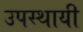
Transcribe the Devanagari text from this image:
उपस्थायी